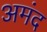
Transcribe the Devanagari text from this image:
अमंद